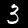
Label: 3